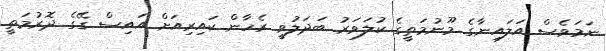
ނަމަވެސް އަލައިނާގެ މޫނުމަތީގެ ކުލަވަރު ބަދަލުވީ ރެހާން ކައިރިއަށް އައިސް ގޭގެ ދޮރުމަތީ